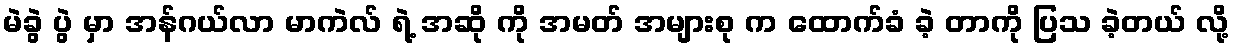
မဲခွဲ ပွဲ မှာ အန်ဂယ်လာ မာကဲလ် ရဲ့ အဆို ကို အမတ် အများစု က ထောက်ခံ ခဲ့ တာကို ပြသ ခဲ့တယ် လို့